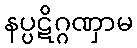
နပ္ပဋိဂ္ဂဏှာမ